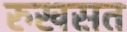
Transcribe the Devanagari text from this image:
रुखसत